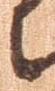
に